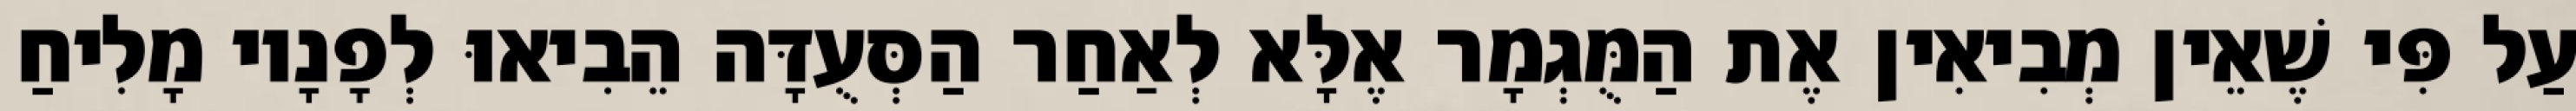
עַל פִּי שֶׁאֵין מְבִיאִין אֶת הַמֻּגְמָר אֶלָּא לְאַחַר הַסְּעֻדָּה הֵבִיאוּ לְפָנָיו מָלִיחַ